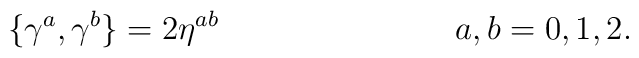
\{\gamma^a ,\gamma^b\}=2\eta^{ab}  \hspace{3cm} a,b=0,1,2.